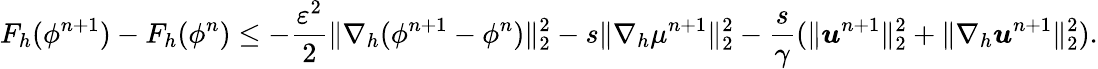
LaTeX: F_{h}(\phi^{n+1})-F_{h}(\phi^{n})\leq-\frac{\varepsilon^{2}}{2}\| \nabla_{h}(\phi^{n+1}-\phi^{n})\| _{2}^{2}-s\| \nabla_{h}\mu^{n+1}\| _{2}^{2}-\frac{s}{\gamma}(\| \boldsymbol{u}^{n+1}\| _{2}^{2}+\| \nabla_{h}\boldsymbol{u}^{n+1}\| _{2}^{2}).